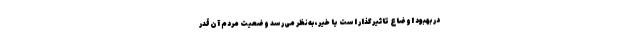
در بهبود اوضاع تاثیرگذار است یا خیر، به‌نظر می‌رسد وضعیت مردم آن‌قدر